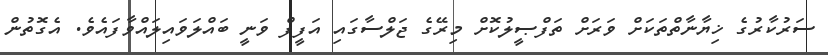
ސަރުކާރުގެ ޚިޔާނާތްތަކަށް ވަރަށް ތަފްޞީލުކޮށް މިރޭގެ ޖަލްސާގައި އަފީފް ވަނީ ބައްލަވައިލައްވާފައެވެ. އެގޮތުން